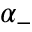
\alpha _ { - }